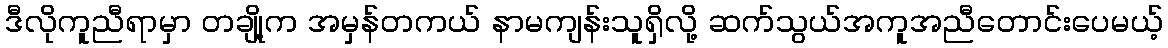
ဒီလိုကူညီရာမှာ တချို့က အမှန်တကယ် နာမကျန်းသူရှိလို့ ဆက်သွယ်အကူအညီတောင်းပေမယ့်